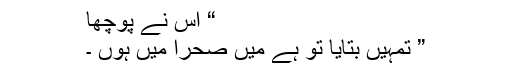
“ اس نے پوچھا
” تمہیں بتایا تو ہے میں صحرا میں ہوں ۔